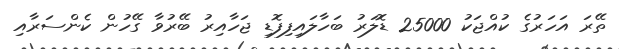
ތޭރަ އަހަރުގެ ކުއްޖަކު 25000 ޑޮލަރު ބަހާލައިފިފޮޑި ޖަހާއިރު ބޭރުވާ ގޭހުން ކެންސަރާއި